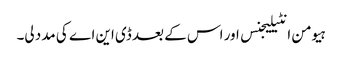
ہیومن انٹیلیجنس اور اس کے بعد ڈی این اے کی مدد لی۔